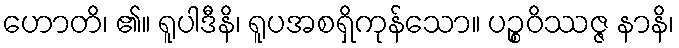
ဟောတိ၊ ၏။ ရူပါဒီနိ၊ ရူပအစရှိကုန်သော။ ပဉ္စဝိဿဇ္ဇ နာနိ၊